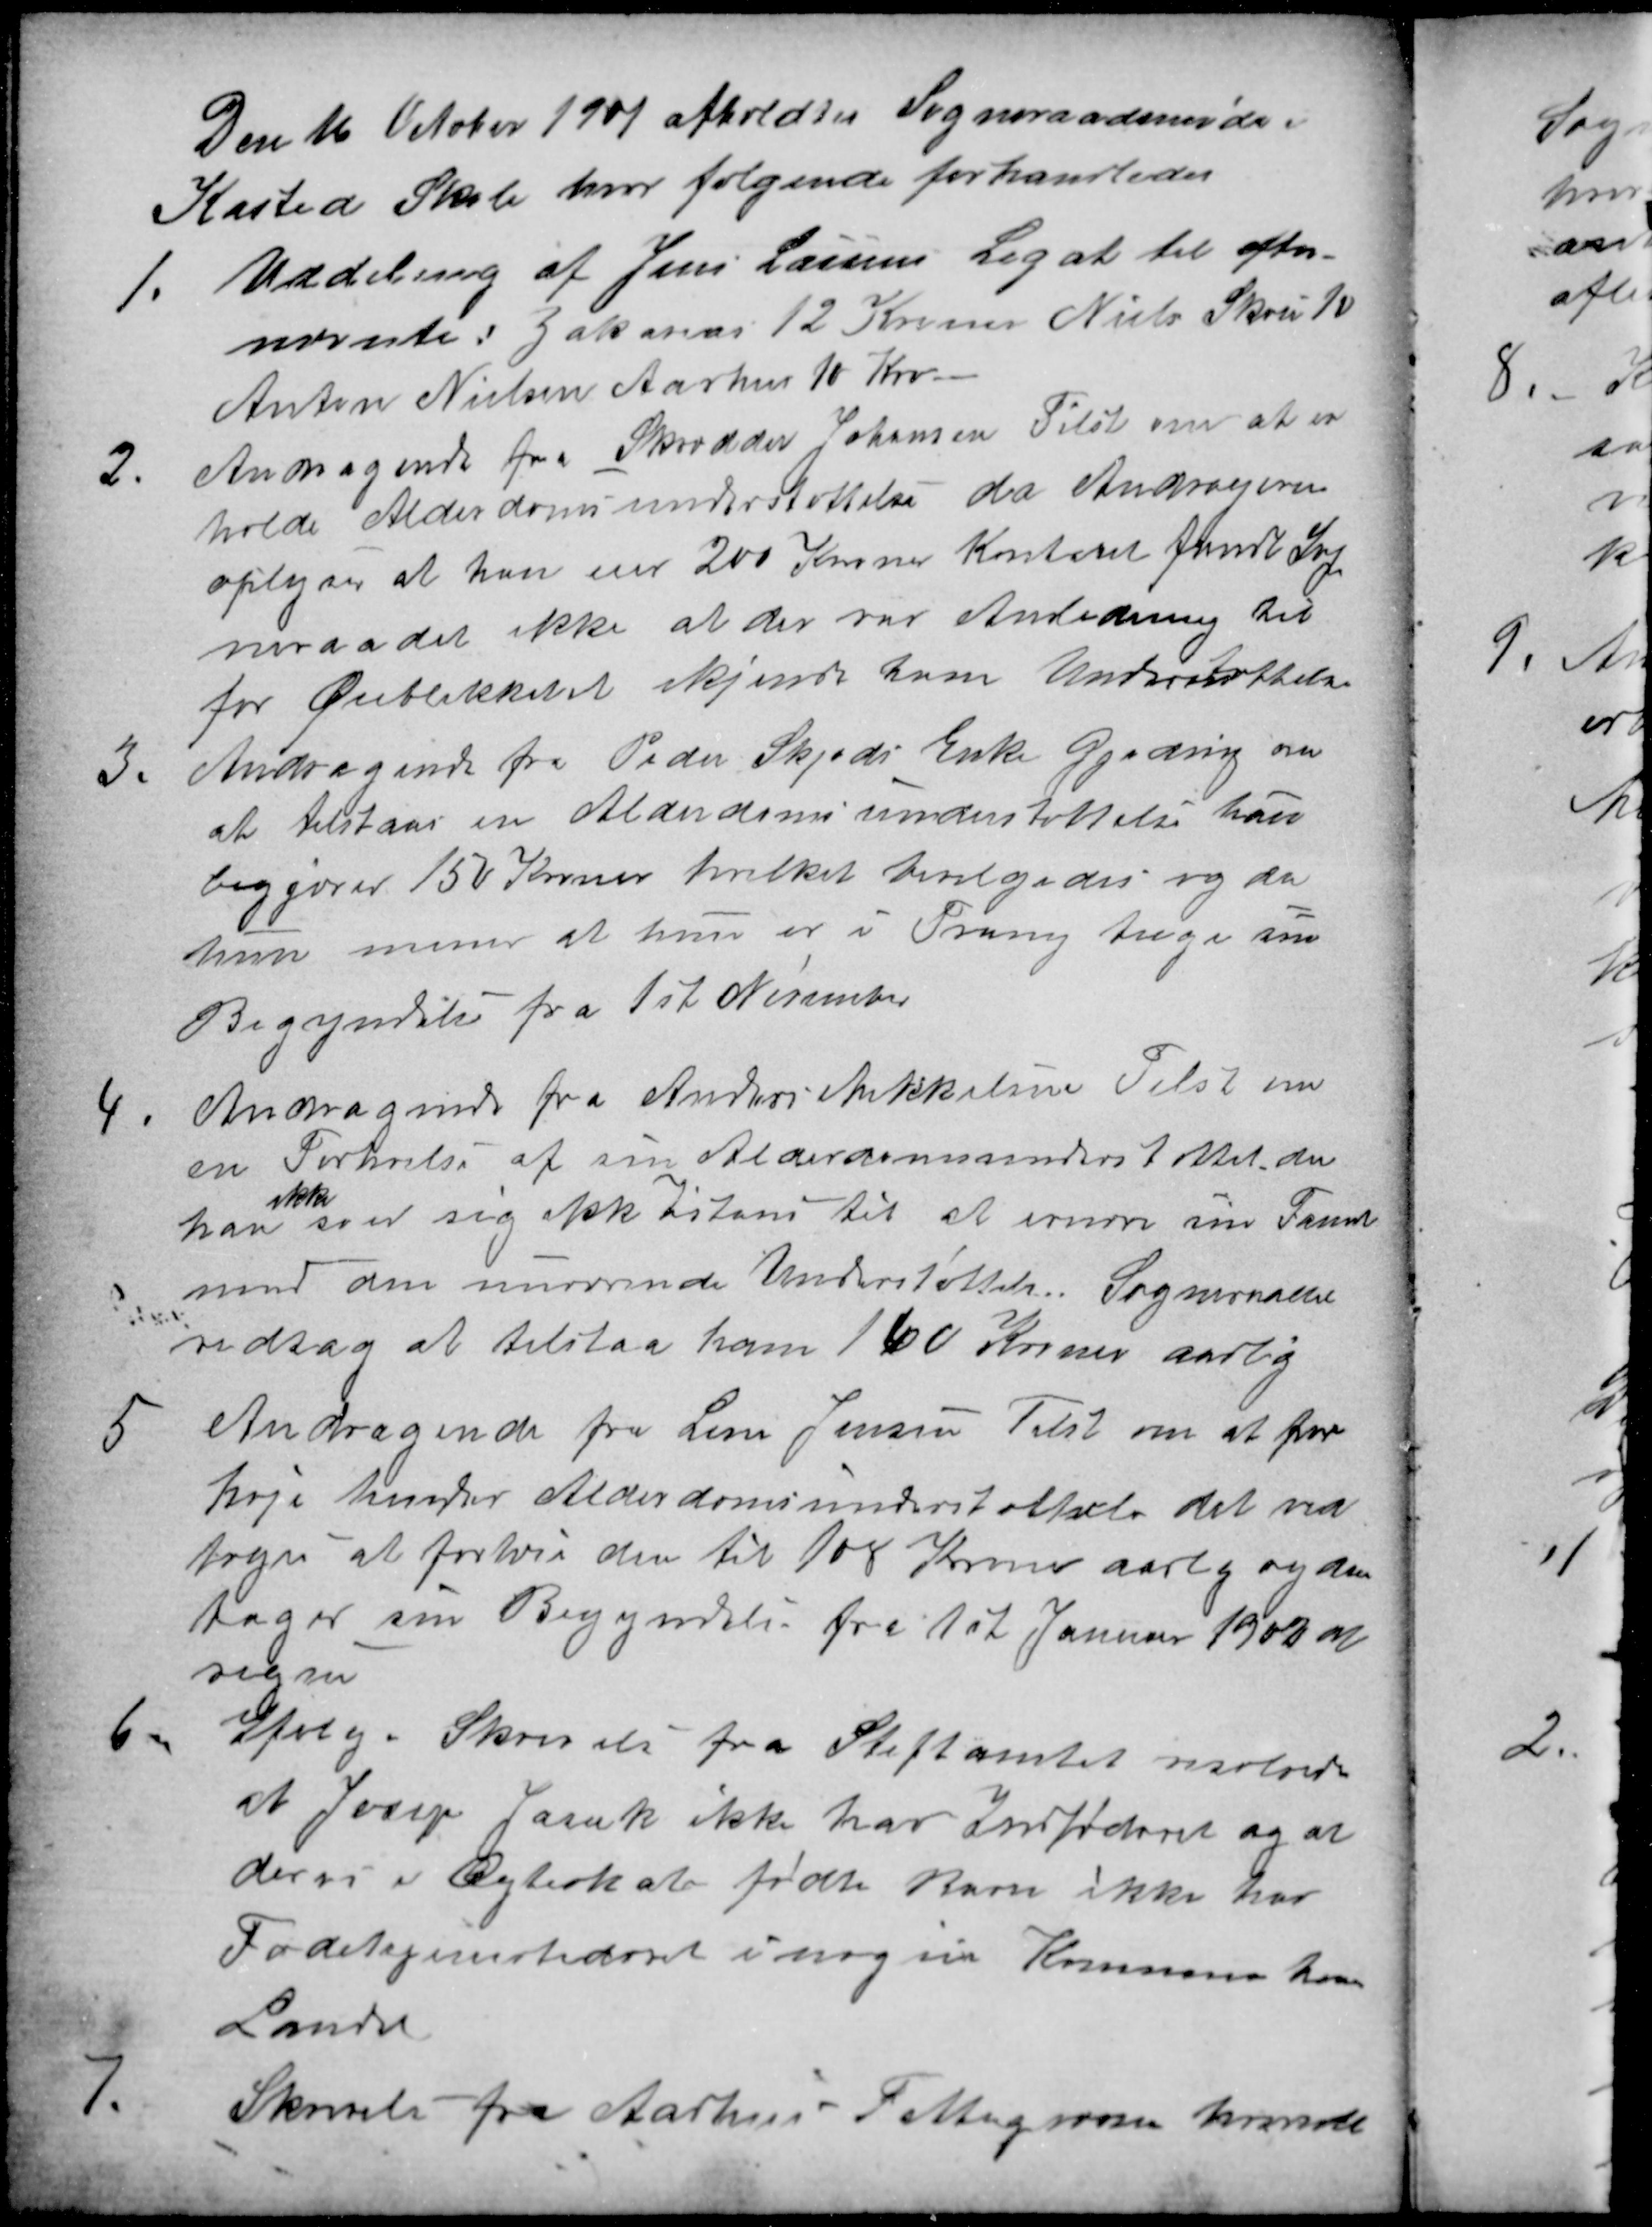
Transskription:
Den 16 October 1901 afholdtes Sogneraadsmøde i
Kasted Skole hvor følgende forhandledes
1
Uddeling af Jens Larsens Legat til efter-
nævnte: Zakarias 12 Kroner Niels Skou 10
Anton Nielsen Aarhus 10 Kro
2.
Andragende fra Skrædder Johansen Tilst om at er
holde Alderdomsunderstøttelse da Andrageren
oplyser at han eier 200 Kroner Kontant fandt Sog
neraadet ikke at der var Anledning til 
for Øieblikket at ikjende ham Understøttelse
3.
Andragende fra Peder Skjøds Enke Gjeding om
at tilstaas en Alderdomsunderstøttelse hun
begjærer 150 Kroner hvilket bevilgedes og da
hun mener at hun er i Trang tager sin
Begyndelse fra 1st November
4
Andragende fra Anders Mikkelsen Tilst om
en Forhoielse af sin Alderdomsunderstøttelse da
han
ikke
ser sig ikke Istand til at ernære sin Familie
med den nuværende Understøttelse. Sogneraadet
vedtog at tilstaa ham 160 Kroner aarlig
5
Andragende fra Lene Jensen Tilst om at for
høje hendes Alderdomsunderstøttelse det ved
toges at forhøie den til 108 Kroner aarlig og den
tager sin Begyndelse fra 1st Januar 1902 at
regne
6
Ifølg. Skrivelse fra Stiftamtet resolverede
at Josep Jasuk ikke har Indfødsret og at
deres i Ægteskab fødte Barn ikke har
Fødehjemstedsret i nogen Kommune heri
Landet
7.
Skrivelse fra Aarhus Fattigvæsen hvorvidt